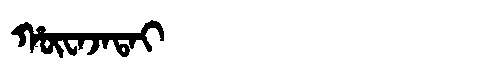
Manchu: ᡥᡡᠸᠠᠵᠠᡨᠠᡳ
Romanization: HŪWAJATAI